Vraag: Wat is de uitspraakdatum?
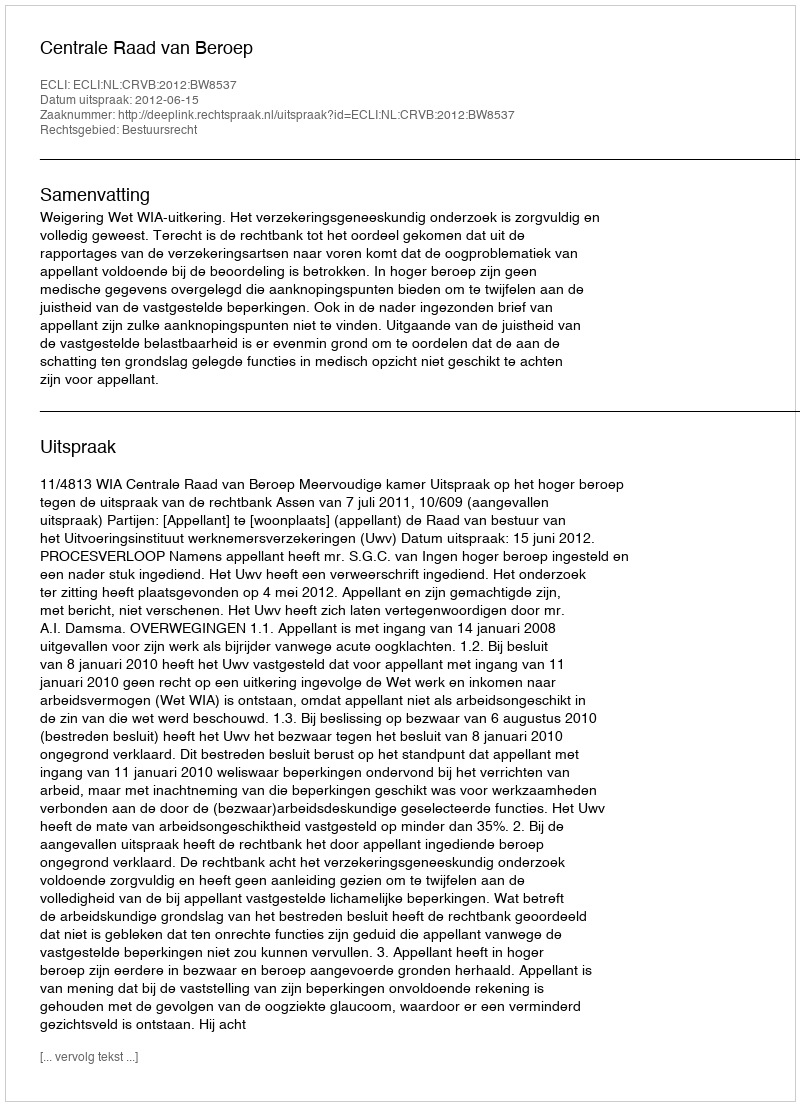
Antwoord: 2012-06-15